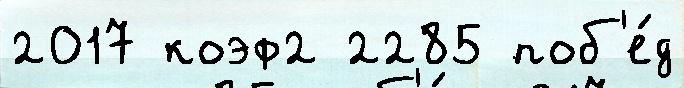
2017 коэф2 2285 поб'е́д